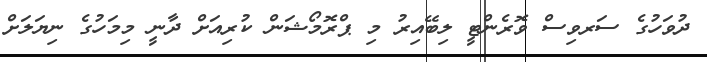
ދުވަހުގެ ސަރވިސް ވޮރެންޓީ ލިބޭއިރު މި ޕްރޮމޯޝަން ކުރިއަށް ދާނީ މިމަހުގެ ނިޔަލަށް